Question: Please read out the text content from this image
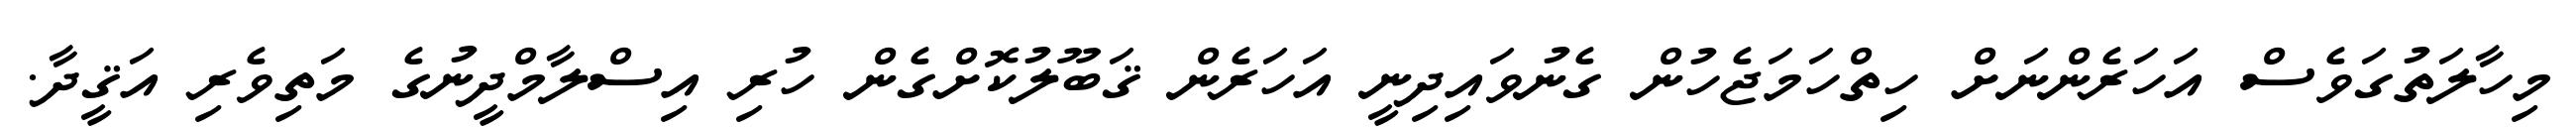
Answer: މިހާލަތުގަވެސް އަހަރެންނަށް ހިތްހަމަޖެހުން ގެނުވައިދިނީ އަހަރެން ޤަބޫލުކޮށްގެން ހުރި އިސްލާމްދީނުގެ މަތިވެރި އަޤީދާ.